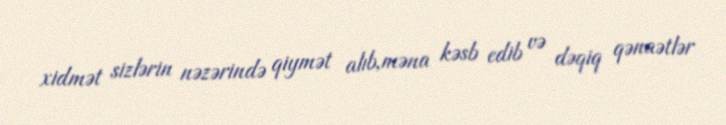
xidmət sizlərin nəzərində qiymət alıb,məna kəsb edib və dəqiq qənaətlər